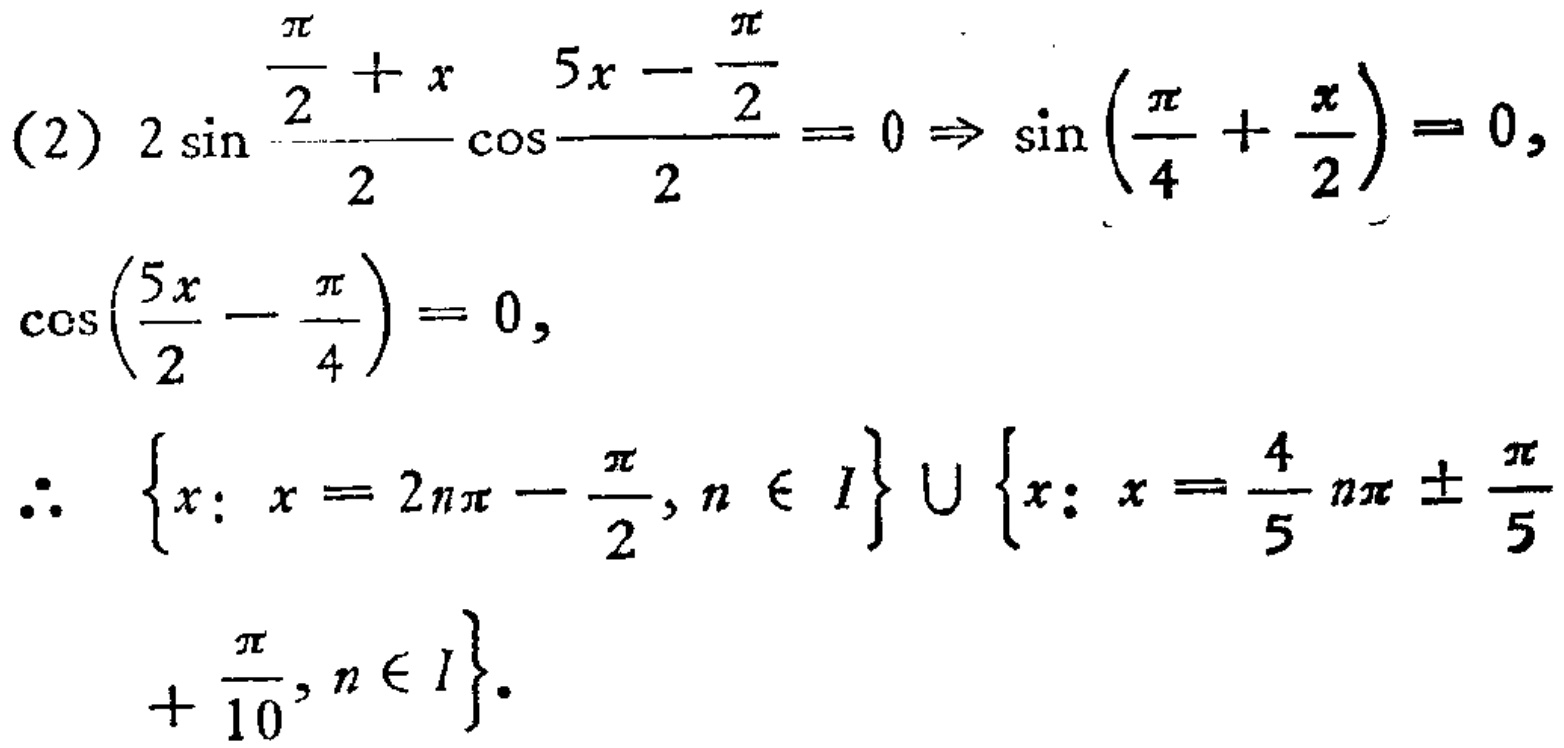
(2) \(2\sin\frac{\frac{\pi}{2} + x}{2}\cos\frac{5x - \frac{\pi}{2}}{2}=0\Rightarrow\sin(\frac{\pi}{4}+\frac{x}{2}) = 0,\)
\(\cos(\frac{5x}{2}-\frac{\pi}{4}) = 0,\)
\(\therefore \{x: x = 2n\pi-\frac{\pi}{2},n\in I\}\cup\{x: x=\frac{4}{5}n\pi\pm\frac{\pi}{5}+\frac{\pi}{10},n\in I\}.\)